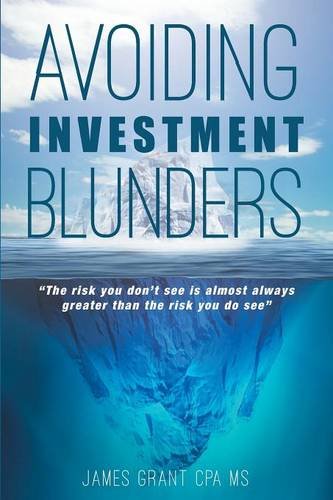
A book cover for Avoiding Investment Blunders; James Grant CPA MS; Business & Money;